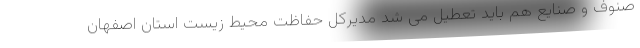
صنوف و صنایع هم باید تعطیل می شد مدیرکل حفاظت محیط زیست استان اصفهان